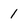
Character: 1